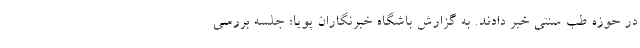
در حوزه طب سنتی خبر دادند. به گزارش باشگاه خبرنگاران پویا؛ جلسه بررسى